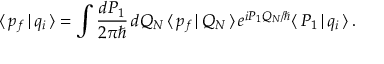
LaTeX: \langle \, p _ { f } \, | \, q _ { i } \, \rangle = \int \frac { d P _ { 1 } } { 2 \pi \hbar } \, d Q _ { N } \, \langle \, p _ { f } \, | \, Q _ { N } \, \rangle \, e ^ { i P _ { 1 } Q _ { N } / \hbar } \langle \, P _ { 1 } \, | \, q _ { i } \, \rangle \, .